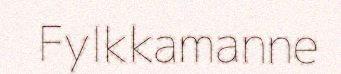
Fylkkamanne